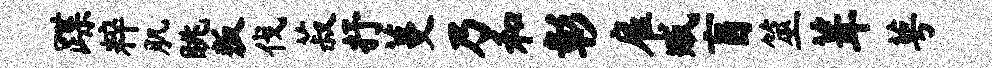
蹀粹肌眺叛伐菽抒蔓乃和彰雇臧盲筮葺萼